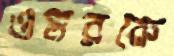
ওমরকে